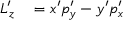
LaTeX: \begin{array} { r l } { L _ { z } ^ { \prime } } & { { } = x ^ { \prime } p _ { y } ^ { \prime } - y ^ { \prime } p _ { x } ^ { \prime } } \end{array}